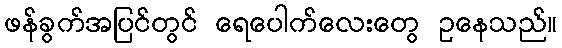
ဖန်ခွက်အပြင်တွင် ရေပေါက်လေးတွေ ဥနေသည်။